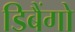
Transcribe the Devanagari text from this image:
डिबैंगो